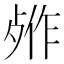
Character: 𬆖